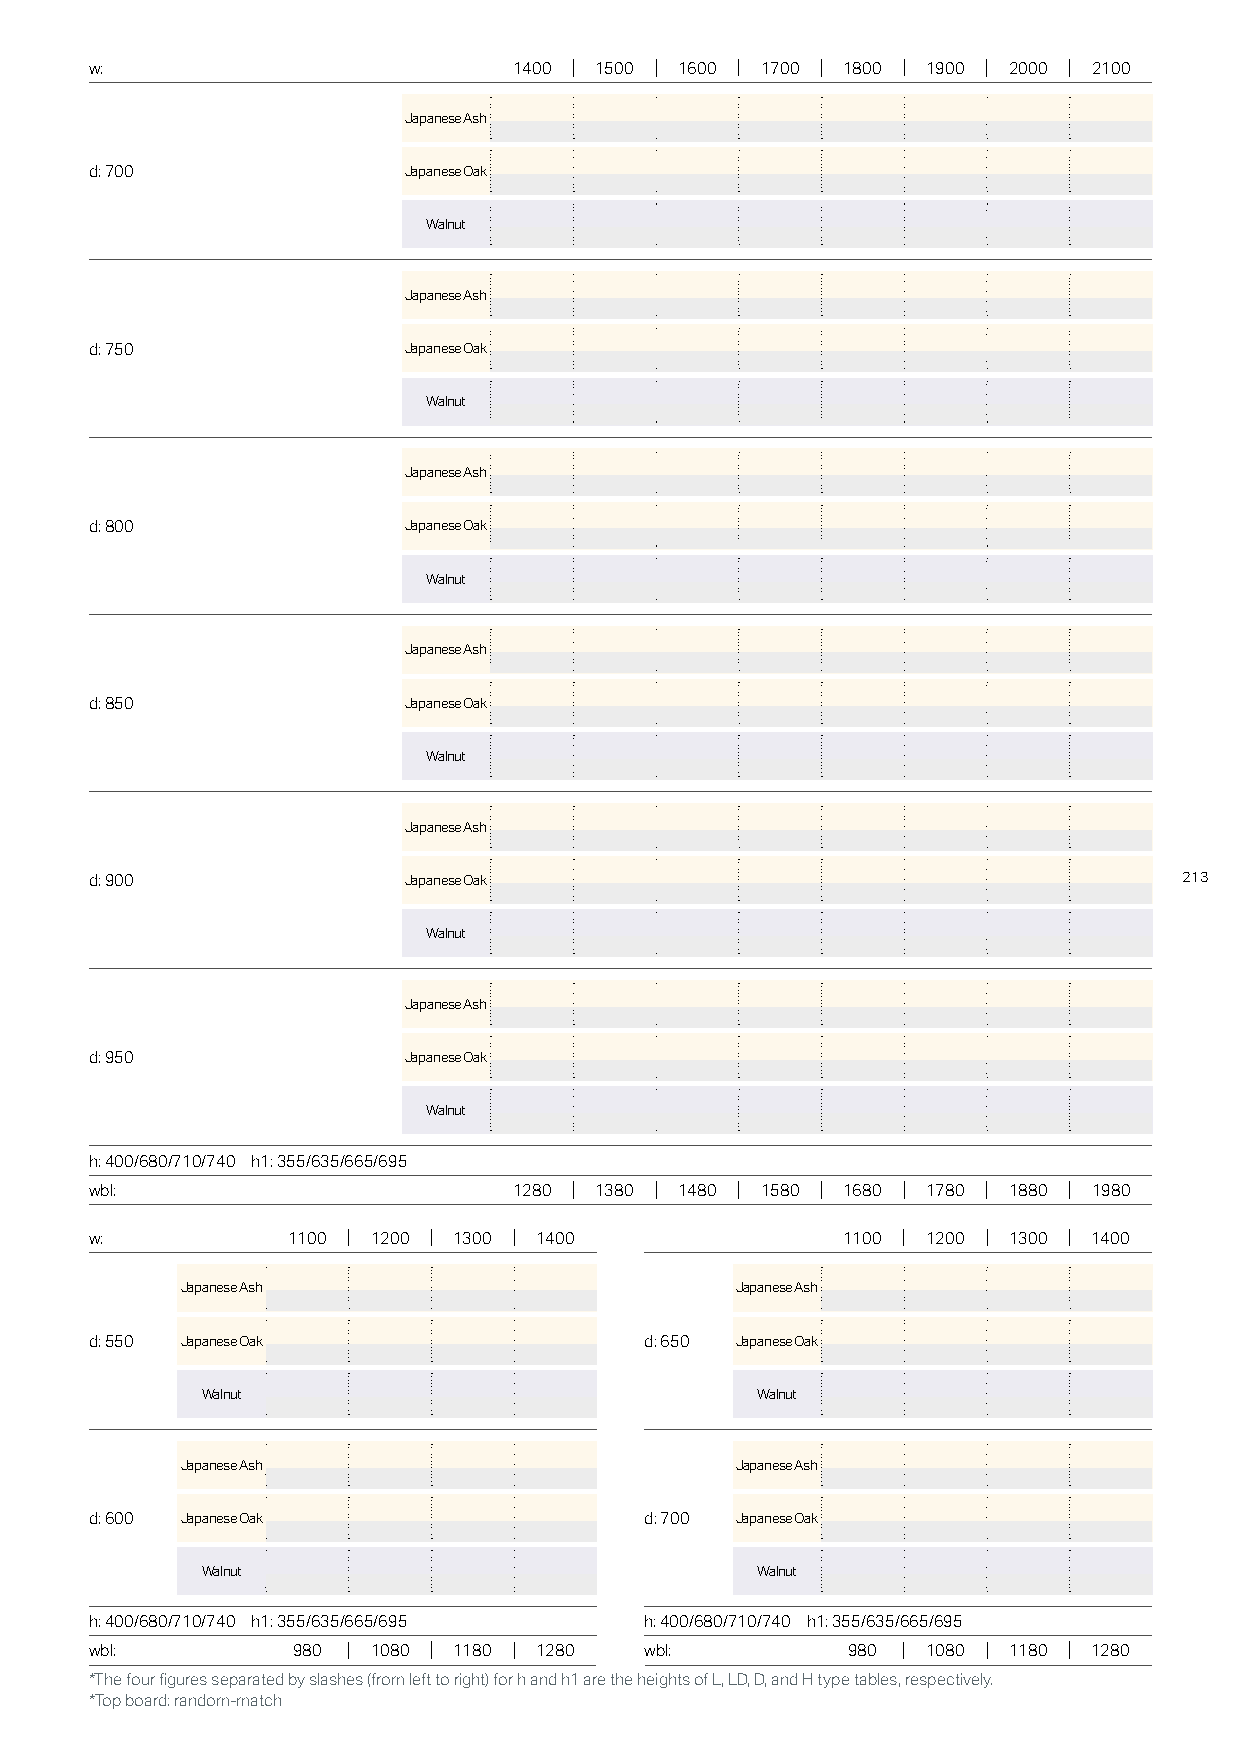
w:                          1400 1500  1600 1700  1800 1900  2000 2100
 Japanese Ash
 d: 700               Japanese Oak
 Walnut
 Japanese Ash
 d: 750               Japanese Oak
 Walnut
 Japanese Ash
 d: 800               Japanese Oak
 Walnut
 Japanese Ash
 d: 850               Japanese Oak
 Walnut
 Japanese Ash
 d: 900               Japanese Oak                                       213
 Walnut
 Japanese Ash
 d: 950               Japanese Oak
 Walnut
 h: 400/680/710/740 h1: 355/635/665/695
 wbl:                        1280 1380  1480 1580  1680 1780  1880 1980
 w:           1100  1200 1300 1400                 1100 1200  1300 1400
 Japanese Ash                         Japanese Ash
 d: 550 Japanese Oak                  d: 650 Japanese Oak
 Walnut                               Walnut
 Japanese Ash                         Japanese Ash
 d: 600 Japanese Oak                  d: 700 Japanese Oak
 Walnut                               Walnut
 h: 400/680/710/740 h1: 355/635/665/695 h: 400/680/710/740 h1: 355/635/665/695
 wbl:         980   1080 1180 1280    wbl:         980  1080  1180 1280
 *The four figures separated by slashes (from left to right) for h and h1 are the heights of L, LD, D, and H type tables, respectively.
 *Top board: random-match